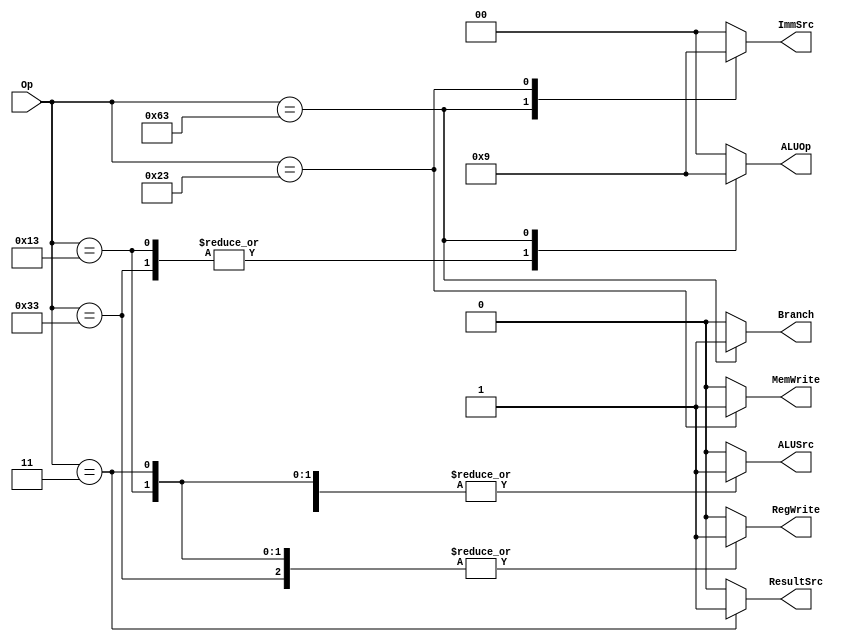
module Main_Decoder(Op, RegWrite, ImmSrc, ALUSrc, MemWrite, ResultSrc, Branch, ALUOp);

    input  [6:0] Op ;
    output reg Branch ;
    output reg ResultSrc ; 
    output reg MemWrite ;
    output reg ALUSrc ;
    output reg [1:0] ImmSrc ; 
    output reg RegWrite ;
    output reg [1:0] ALUOp;

    always @(*) 
        begin
            case (Op)
            //-- R-instructions
            7'b0110011: //add, sub, and, or, xor, slt, shift right, shift left
                begin
                    Branch = 1'b0 ;
                    ResultSrc = 1'b0 ;
                    MemWrite = 1'b0 ;
                    ALUSrc = 1'b0 ;
                    ImmSrc = 2'b00 ;
                    RegWrite = 1'b1 ;
                    ALUOp = 2'b10 ;
                end
            //-- I-instructions
            7'b0010011: //addi, andi, ori, xori, shift left, shift right, slt
                begin
                Branch = 1'b0 ;
                ResultSrc = 1'b0 ;
                MemWrite = 1'b0 ;
                ALUSrc = 1'b1 ;
                ImmSrc = 2'b00 ;
                RegWrite = 1'b1 ;
                ALUOp = 2'b10 ;
                end
            7'b0000011: //lw
                begin
                Branch = 1'b0 ;
                ResultSrc = 2'b1 ;
                MemWrite = 1'b0 ;
                ALUSrc = 1'b1 ;
                ImmSrc = 2'b00 ; 
                RegWrite = 1'b1 ;
                ALUOp = 2'b00 ;
                end
            //-- B-instructions
            7'b1100011: //beq,bne
                begin
                Branch = 1'b1 ;
                ResultSrc = 1'b0 ;
                MemWrite = 1'b0 ;
                ALUSrc = 1'b0 ;
                ImmSrc = 2'b10 ;
                RegWrite = 1'b0 ;
                ALUOp = 2'b01 ;
                end
            //-- S-instructions
            7'b0100011: //sw
                begin
                Branch = 1'b0 ;
                ResultSrc = 1'b0 ;
                MemWrite = 1'b1 ;
                ALUSrc = 1'b1 ;
                ImmSrc = 2'b01 ;
                RegWrite = 1'b0 ;
                ALUOp = 2'b00 ;
                end
            default:
                begin
                Branch = 1'b0 ;
                ResultSrc = 1'b0 ;
                MemWrite = 1'b0 ;
                ALUSrc = 1'b0 ;
                ImmSrc = 2'b00 ;
                RegWrite = 1'b0 ;
                ALUOp = 2'b00 ;
                end
            endcase
        end

endmodule